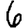
Digit: 6